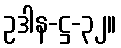
ဥဒါန-ဋ္ဌ-၃၂။